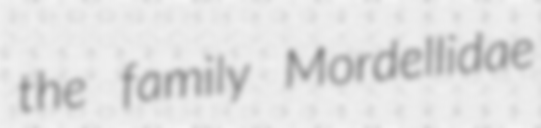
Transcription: the family Mordellidae